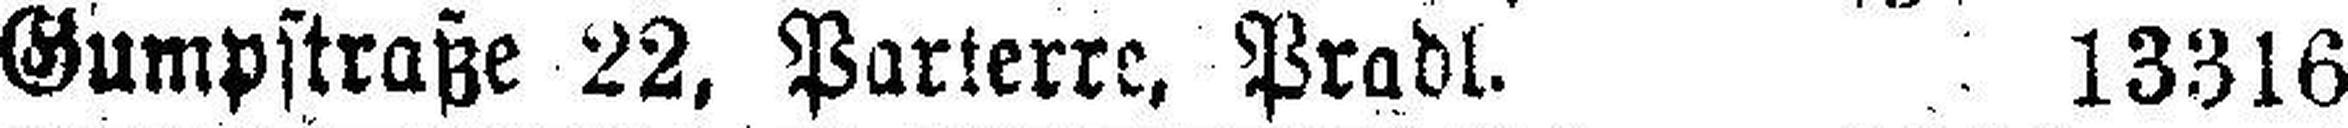
Gumpstraße 22, Parterre, Pradl. 13316